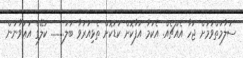
ސަލާމަތްވުމަށް ޖަހާ އެއްޗެއް. އެކަމާ އުފާކޮށް ކުޑަކޮށް ތެޅިއަރުވާ ބަލަ......... ކަލޭގެ އަޢުވާނުން